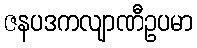
ဇနပဒကလျာဏီဥပမာ